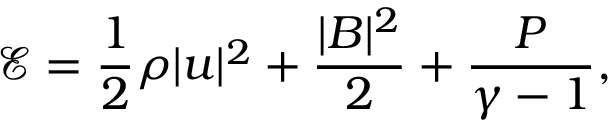
\mathcal { E } = \frac { 1 } { 2 } \rho | \boldsymbol { u } | ^ { 2 } + \frac { | \boldsymbol { B } | ^ { 2 } } { 2 } + \frac { P } { \gamma - 1 } ,